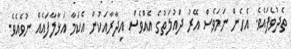
ތެދުވެފައެވެ. އެހެން ނަމަވެސް އޭރު ދައުލަތުގެ އެއްވެސް އިދާރާއަކުން އެކަމާ އަޅާލާފައެއް ނުވެއެވެ.